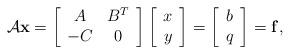
LaTeX: \begin{align*} \mathcal{A}{\bf x}=\left[\begin{array}{cc} A&B^{T}\\ -C&0 \end{array}\right] \left[\begin{array}{c} x\\ y \end{array}\right]=\left[\begin{array}{c} b\\ q\end{array}\right]={\bf f},\end{align*}